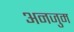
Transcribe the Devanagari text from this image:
अनजुम